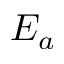
E _ { a }